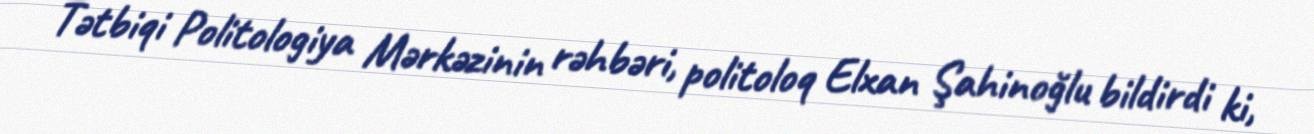
Tətbiqi Politologiya Mərkəzinin rəhbəri, politoloq Elxan Şahinoğlu bildirdi ki,